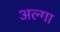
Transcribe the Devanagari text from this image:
अल्गा